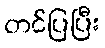
တင်ပြပြီး